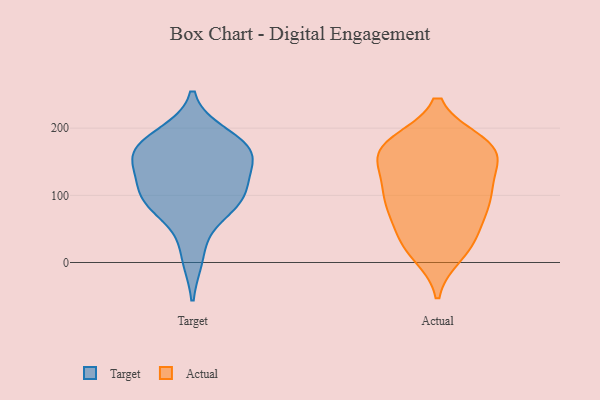
{"axis": {"x": "Inventory Turnover", "y": "Value"}, "legend": ["Actual", "Target"], "data": [{"x": "", "y": 171, "type": "Target"}, {"x": "", "y": 91, "type": "Target"}, {"x": "", "y": 162, "type": "Target"}, {"x": "", "y": 10, "type": "Target"}, {"x": "", "y": 108, "type": "Target"}, {"x": "", "y": 93, "type": "Target"}, {"x": "", "y": 155, "type": "Target"}, {"x": "", "y": 108, "type": "Target"}, {"x": "", "y": 80, "type": "Target"}, {"x": "", "y": 167, "type": "Target"}, {"x": "", "y": 158, "type": "Target"}, {"x": "", "y": 188, "type": "Target"}, {"x": "", "y": 153, "type": "Actual"}, {"x": "", "y": 97, "type": "Actual"}, {"x": "", "y": 89, "type": "Actual"}, {"x": "", "y": 107, "type": "Actual"}, {"x": "", "y": 178, "type": "Actual"}, {"x": "", "y": 153, "type": "Actual"}, {"x": "", "y": 84, "type": "Actual"}, {"x": "", "y": 60, "type": "Actual"}, {"x": "", "y": 115, "type": "Actual"}, {"x": "", "y": 35, "type": "Actual"}, {"x": "", "y": 77, "type": "Actual"}, {"x": "", "y": 123, "type": "Actual"}, {"x": "", "y": 24, "type": "Actual"}, {"x": "", "y": 177, "type": "Actual"}, {"x": "", "y": 173, "type": "Actual"}, {"x": "", "y": 26, "type": "Actual"}, {"x": "", "y": 174, "type": "Actual"}, {"x": "", "y": 163, "type": "Actual"}, {"x": "", "y": 13, "type": "Actual"}, {"x": "", "y": 167, "type": "Actual"}]}